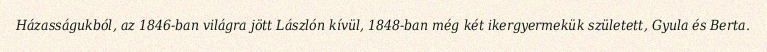
Házasságukból, az 1846-ban világra jött Lászlón kívül, 1848-ban még két ikergyermekük született, Gyula és Berta.